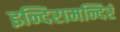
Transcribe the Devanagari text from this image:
इन्दिरामन्दिरं